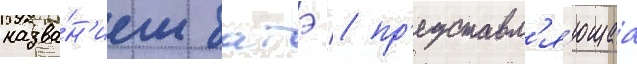
назва́н'ием батэ / пр'едставл'я́ющаа